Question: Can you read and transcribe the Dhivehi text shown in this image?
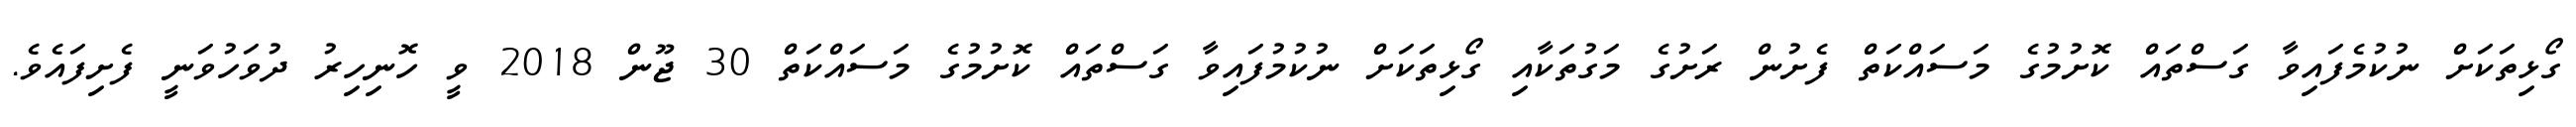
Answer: ގޯޅިތަކަށް ނުކުމެފައިވާ ގަސްތައް ކޮށުމުގެ މަސައްކަތް ފެށުން ރަށުގެ މަގުތަކާއި ގޯޅިތަކަށް ނުކުމުފައިވާ ގަސްތައް ކޮށުމުގެ މަސައްކަތް 30 ޖޫން 2018 ވީ ހޮނިހިރު ދުވަހުވަނީ ފެށިފައެވެ.